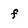
Character: f